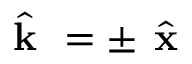
\boldsymbol { \hat { \textbf { k } } } = \pm \boldsymbol { \hat { \textbf { x } } }